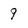
Character: 9